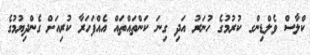
ކްލާސް ވެލްޑިންގ ކުރުމުގެ ހުނަރު އަދި ގިނަ ކަންތައްތައް އެއްފަހަރާ ކުރިއަށް ގެންދިޔުމުގެ